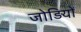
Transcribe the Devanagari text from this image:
जोड़ियों